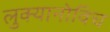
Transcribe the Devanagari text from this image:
लुक्यानोविच